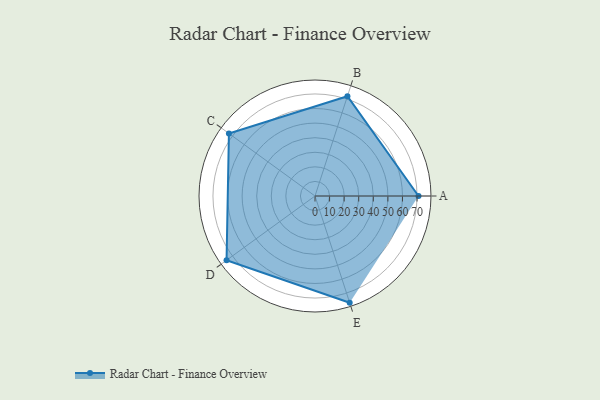
{"axis": {"x": "Skill", "y": "Score"}, "legend": ["Profile"], "data": [{"x": "A", "y": 71.0, "type": "Profile"}, {"x": "B", "y": 72.0, "type": "Profile"}, {"x": "C", "y": 73.0, "type": "Profile"}, {"x": "D", "y": 75.0, "type": "Profile"}, {"x": "E", "y": 77.0, "type": "Profile"}]}